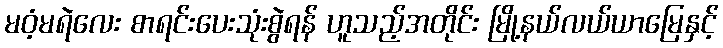
မဝံ့မရဲလေး စာရင်းပေးသုံးစွဲရန် ဟူသည့်အတိုင်း မြို့နယ်လယ်ယာမြေနှင့်